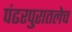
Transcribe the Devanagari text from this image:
पंढरपुरातलेच